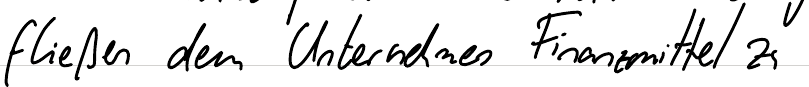
fließen dem Unternehmen Finanzmittel zu